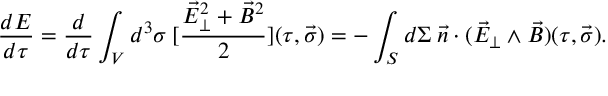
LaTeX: \frac { d E } { d \tau } = \frac { d } { d \tau } \int _ { V } d ^ { 3 } \sigma \: [ \frac { \vec { E } _ { \perp } ^ { 2 } + \vec { B } ^ { 2 } } { 2 } ] ( \tau , \vec { \sigma } ) = - \int _ { S } d \Sigma \: \vec { n } \cdot ( \vec { E } _ { \perp } \wedge \vec { B } ) ( \tau , \vec { \sigma } ) .